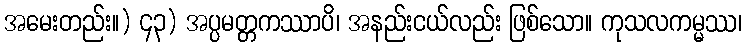
အမေးတည်း။) ၄၃) အပ္ပမတ္တကဿာပိ၊ အနည်းငယ်လည်း ဖြစ်သော။ ကုသလကမ္မဿ၊